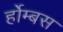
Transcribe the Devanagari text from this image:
र्होम्बस